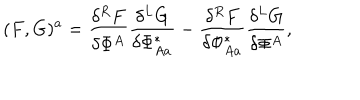
LaTeX: ( F , G ) ^ { a } = \frac { \delta ^ { R } F } { \delta \Phi ^ { A } } \frac { \delta ^ { L } G } { \delta \Phi _ { A a } ^ { * } } - \frac { \delta ^ { R } F } { \delta \Phi _ { A a } ^ { * } } \frac { \delta ^ { L } G } { \delta \Phi ^ { A } } ,